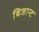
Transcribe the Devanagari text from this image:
बिजान्ट